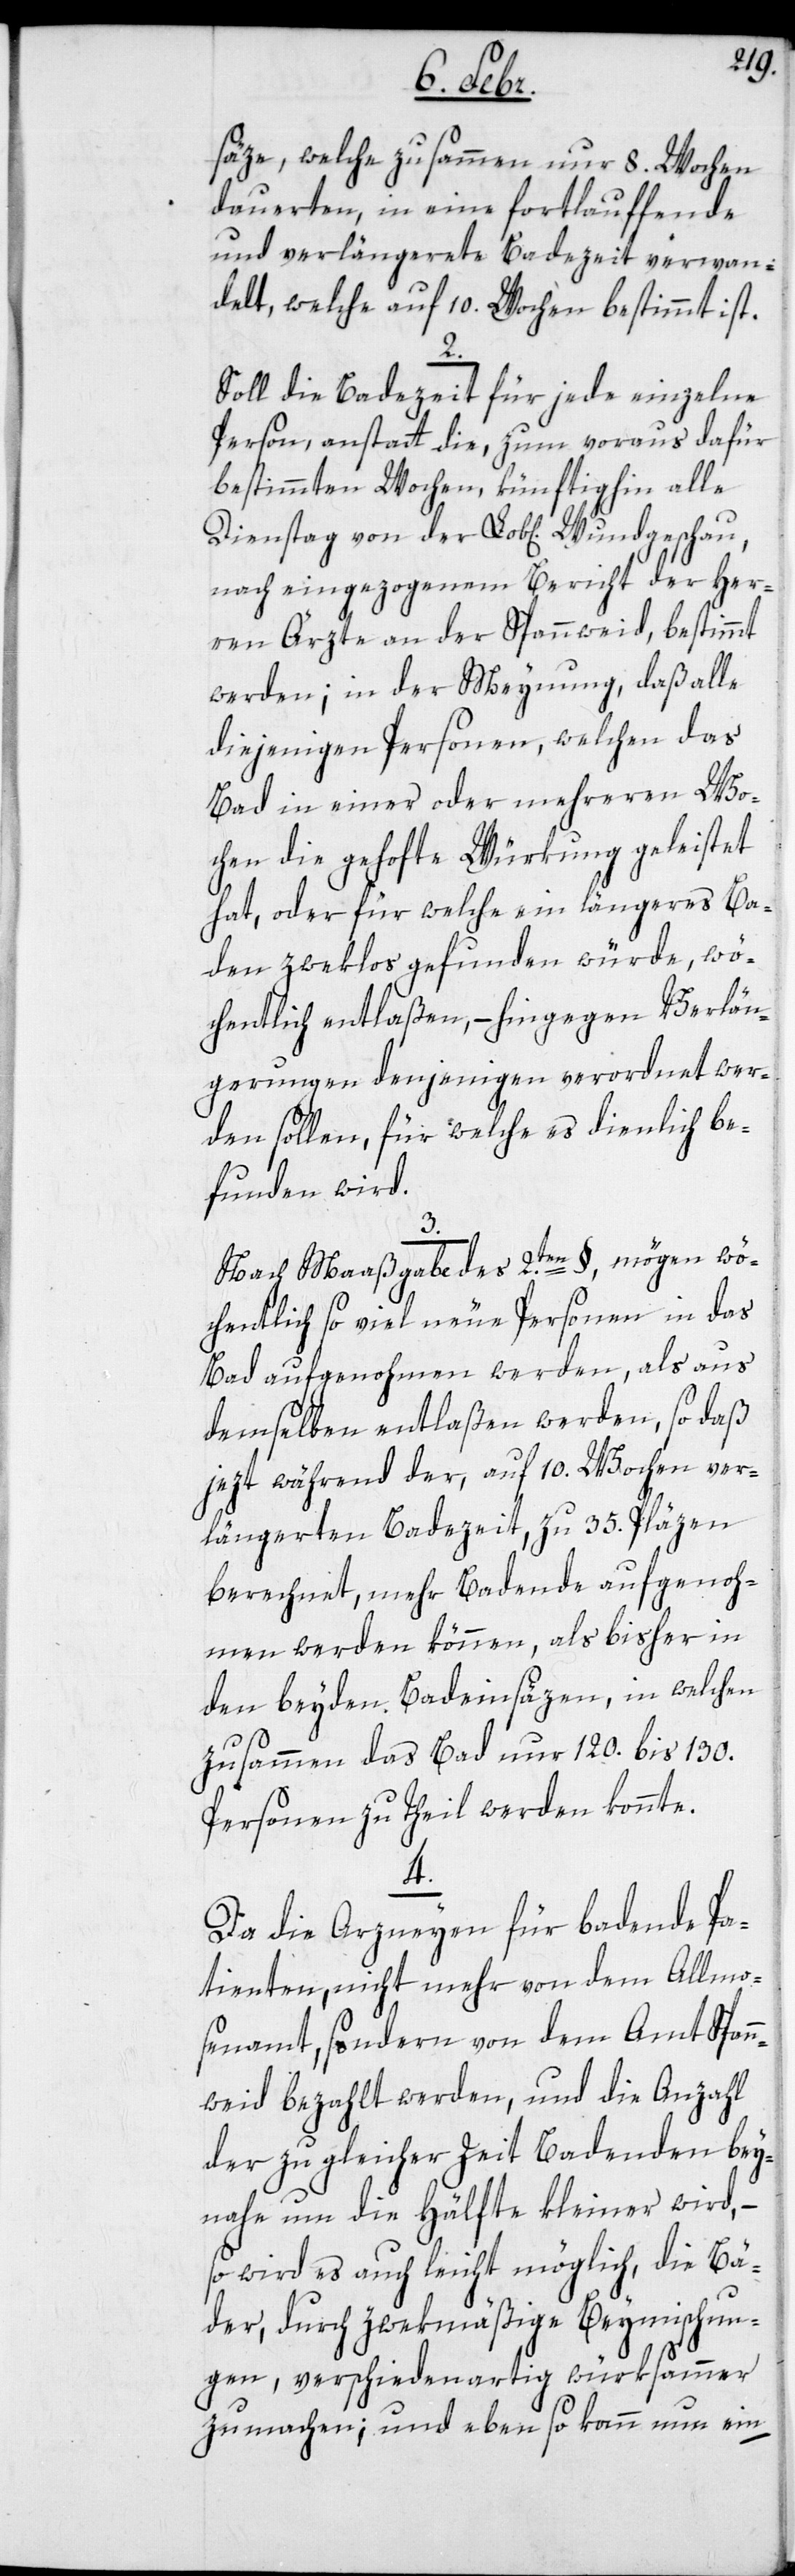
säze, welche zusammen nur 8. Wochen
dauerten, in eine fortlauffende
und verlängerete Badezeit verwan¬
delt, welche auf 10. Wochen bestimmt ist.
2.
Soll die Badezeit für jede einzelne
Person, anstatt die, zum voraus dafür
bestimmten Wochen, künftighin alle
Dienstag von der Lob[lichen] Wundgeschau,
nach eingezogenem Bericht der Her¬
ren Ärzte an der Spannweid, bestimmt
werden; in der Meynung, daß alle
diejenigen Personen, welchen das
Bad in einer oder mehreren Wo¬
chen die gehoffte Würkung geleistet
hat, oder für welche ein längeres Ba¬
den zweklos gefunden würde, wö¬
chentlich entlaßen, – hingegen Verlän¬
gerungen denjenigen verordnet wer¬
den sollen, für welche es dienlich be¬
funden wird.
3.
Nach Maaßgabe des 2.ten §, mögen wö¬
chentlich so viel neue Personen in das
Bad aufgenohmen werden, als aus
demselben entlaßen werden, so daß
jezt während der, auf 10. Wochen ver¬
längerten Badezeit, zu 35. Pläzen
berechnet, mehr Badende aufgenoh¬
men werden können, als bisher in
den beyden Badeinsäzen, in welchen
zusammen das Bad nur 120. bis 130.
Personen zu Theil werden konnte.
4.
Da die Arzneyen für badende Pa¬
tienten, nicht mehr von dem Allmo¬
senamt, sondern von dem Amt Spann¬
weid bezahlt werden, und die Anzahl
der zu gleicher Zeit Badenden bey¬
nahe um die Hälfte kleiner wird, –
so wird es auch leicht möglich, die Bä¬
der, durch zwekmäßige Beymischun¬
gen, verschiedenartig würksammer
zu machen; und ebenso kann nun ein